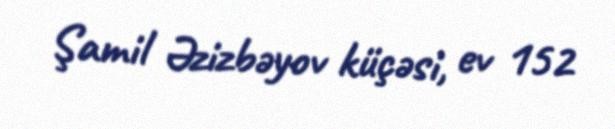
Şamil Əzizbəyov küçəsi, ev 152